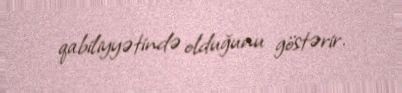
qabiliyyətində olduğunu göstərir.